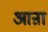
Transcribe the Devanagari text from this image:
आऩा